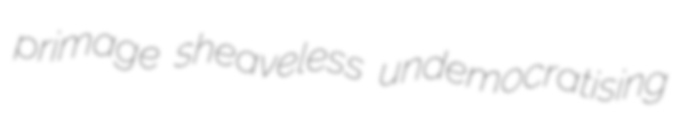
primage sheaveless undemocratising